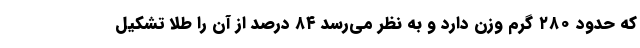
که حدود ۲۸۰ گرم وزن دارد و به نظر می‌رسد ۸۴ درصد از آن را طلا تشکیل